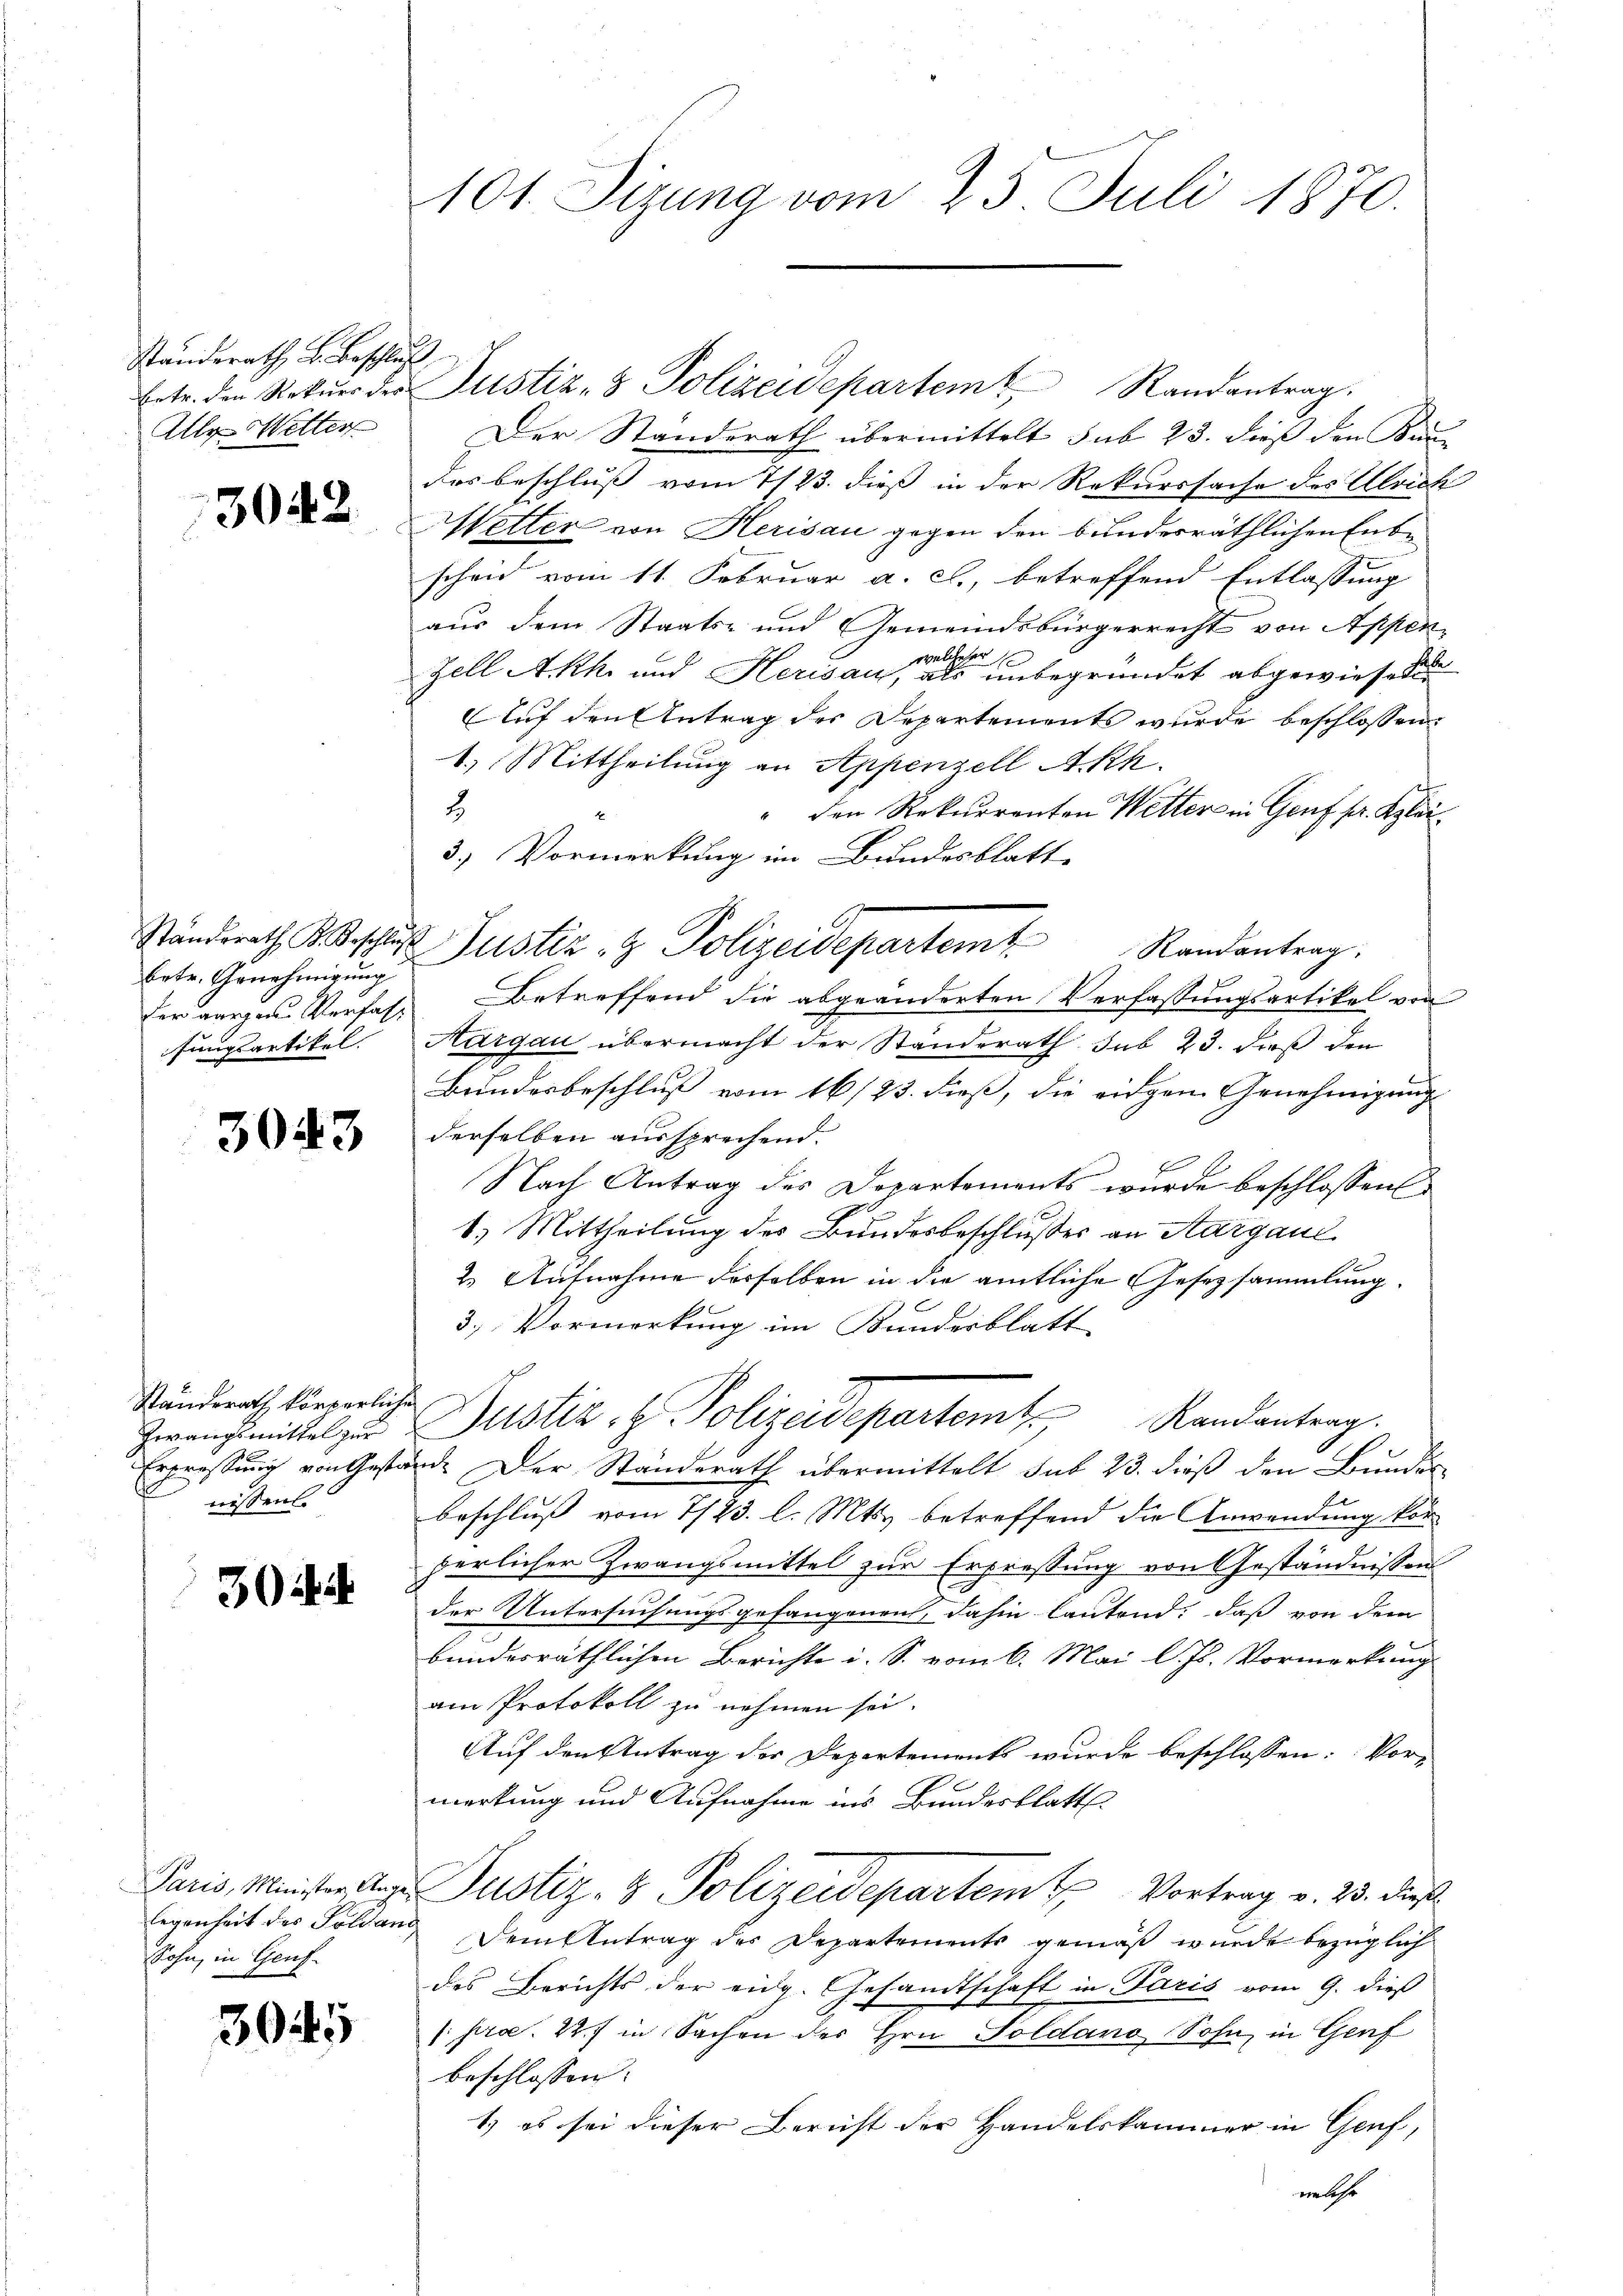
Standerath, u. Beschluß
Alle Wetter

3042

betr. Genehmigung
fer aargau Verfass
fungsartikel.

3043

Standerath körperliche
Grrangsmittel zur
Erpressung von Gestan
nissen.

304.

Paris, Minister Ange-
legenheit des Soldau,
Sohn, in Genf.

3045

101. Sizung vom 25. Juli 1870.

Der Standerath übermittelt sub 23. dieß den Kin-
des beschluss vom 7/23. dieß in der Rekurssache des Ulrich
Wetter von Herisau gegen den bunderräthlichen Entscheid vom 11. Februar a. c., betreffend Entlassung
aus dem Staats- und Gemeindsbürgerrecht von Appen-
1
Zell Akh. und Herisau, als unbegründet abgewiesenen
Auf den Antrag des Departements wurde beschlossen:
1.) Mittheilung an Appenzell Akk
2.
" den Rekurrenten Wetter in Genf pr. Klei¬
3.) Vormerkung im Bundesblatt
Ständerath des Justiz & Polizeidepartem Randantrag.
Betreffend die abgeänderten Verfassungsartikel von
Nargau übermacht der Standerath sub 23. dieß den
Bundesbeschluß vom 16/23. dieß, die eidgen Genehmigung
derselben aussprechend.
Nach Antrag des Departements wurde beschlossen
0
1) Mittheilung des Bundesbeschlußes an Aargaul
2. Antnahme derselben in die amtliche Gesetzsammlung.
3.) Vormerkung im Kundesblatt
Justiz- & Polizeidepartent Randantrag.
d. Der Standerath übermittelt sub 23. dieß den Bundes
beschluß vom 7/23. l. Mts. betreffend die Anwendung kör
berlicher Zwangsmittel zur Erpressung von Geständnissen
der Untersuchungsgefangenen, dahin lautend: daß von dem
bundesräthlichen Berichte i. S. vom 6. Mai l. Js. Vormerkung
am Protokoll zu nehmen sei.
Auf den Antrag der Departements wurde beschlossen: Vormerkung und Aufnahme ins Bundesblatt
Justiz- & Polizeidepartem Vortrag v. 23. dieß
Dem Antrag der Departements gemäß wurde bezüglich
des Berichts der eidg. Gesandtschaft in Paris vom 9. dieß
/pro. 2. in Sachen der Hrn. Soldano Sohn, in Genf
beschlossen:
1.) es sei dieser Bericht der Handelskammer in Genf,
enlehe

betr. den Rekŭrs der Justiz- & Polizeidepartem Randantrag.